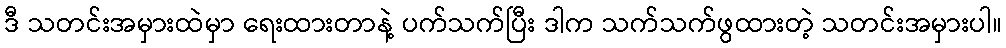
ဒီ သတင်းအမှားထဲမှာ ရေးထားတာနဲ့ ပက်သက်ပြီး ဒါက သက်သက်ဖွထားတဲ့ သတင်းအမှားပါ။